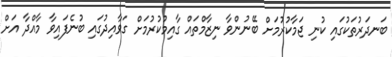
ބަނދަރުތަކުގައި ކުނި ޖަމާކުރުމަށް ބޭނުންވާ ނިޒާމްތައް ގާއިމުކުރުމަށް ގަވާއިދުގައި ބުނެފައިވާ މާއްދާ އަށް